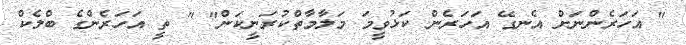
" އަހަރެންނަށް އެނގޭ އަހަރެން ކަޅުވީމަ މަލާމާތްކުރަނީކަން" " ތީ އަހަރެންގެ ބްލެކް